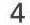
4